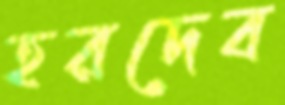
হরদেব